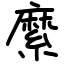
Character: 縻